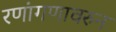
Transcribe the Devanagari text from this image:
रणांगणावरुन